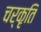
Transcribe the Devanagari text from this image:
चर्कृति